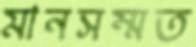
মানসম্মত